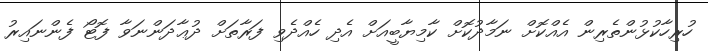
ހުރިހާކުޅުންތެރިން އެއްކޮށް ނަމާދުކޮށް ކާމިޔާބީއަށް އެދި ހެއްދެވި ފަރާތަށް ދުޢާދަންނަވާ ފޮޓޯ ފެންނައިރު